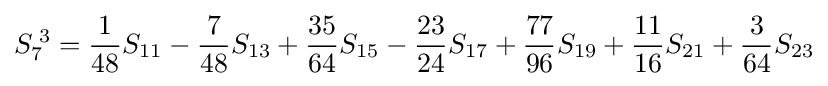
S_{7}^{\;3}={\frac {1}{48}}S_{11}-{\frac {7}{48}}S_{13}+{\frac {35}{64}}S_{15}-{\frac {23}{24}}S_{17}+{\frac {77}{96}}S_{19}+{\frac {11}{16}}S_{21}+{\frac {3}{64}}S_{23}